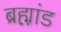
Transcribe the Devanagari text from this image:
ब्रह्म़ा़ंड